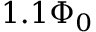
1 . 1 \Phi _ { 0 }